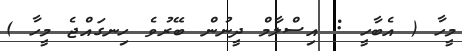
މީހާ ( އެބާހީ : އިސްލާމް ދީނުން ބޭރުވެ ހިނގައްޖެ މީހާ )